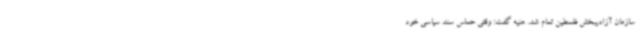
سازمان آزادیبخش فلسطین تمام شد. هنیه گفت: وقتی حماس سند سیاسی خود